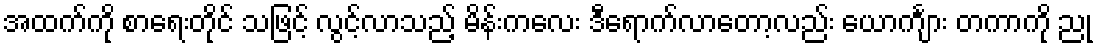
အထက်ကို စာရေးတိုင် သဖြင့် လွင့်လာသည့် မိန်းကလေး ဒီရောက်လာတော့လည်း ယောင်္ကျား တကာကို ညု